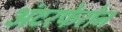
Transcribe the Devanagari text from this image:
अंटरफेरोन